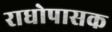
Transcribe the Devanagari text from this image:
राधोपासक